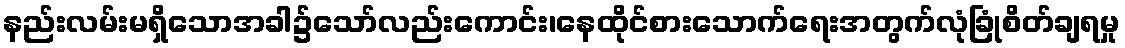
နည်းလမ်းမရှိသောအခါ၌သော်လည်းကောင်း၊နေထိုင်စားသောက်ရေးအတွက်လုံခြုံစိတ်ချရမှု